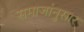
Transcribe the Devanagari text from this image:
समाजांनुसार